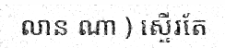
លាន ណា ) ស្ទើរតែ